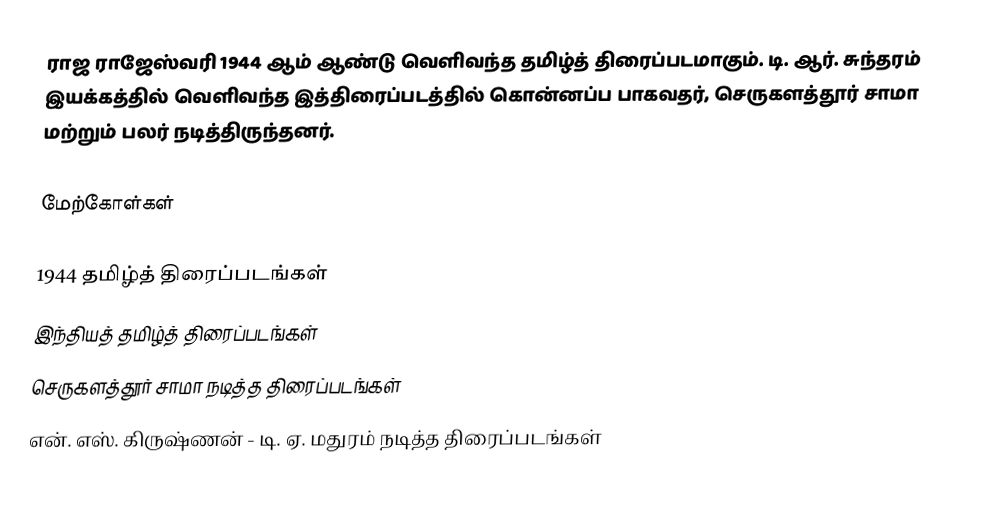
ராஜ ராஜேஸ்வரி 1944 ஆம் ஆண்டு வெளிவந்த தமிழ்த் திரைப்படமாகும். டி. ஆர். சுந்தரம் இயக்கத்தில் வெளிவந்த இத்திரைப்படத்தில் கொன்னப்ப பாகவதர், செருகளத்தூர் சாமா மற்றும் பலர் நடித்திருந்தனர்.

மேற்கோள்கள்

1944 தமிழ்த் திரைப்படங்கள்
இந்தியத் தமிழ்த் திரைப்படங்கள்
செருகளத்தூர் சாமா நடித்த திரைப்படங்கள்
என். எஸ். கிருஷ்ணன் - டி. ஏ. மதுரம் நடித்த திரைப்படங்கள்